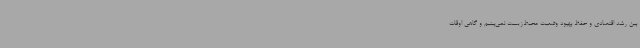
بین رشد اقتصادی و حفظ بهبود وضعیت محیط‌زیست نمی‌بینیم و گاهی اوقات